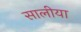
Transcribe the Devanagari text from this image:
सालीया